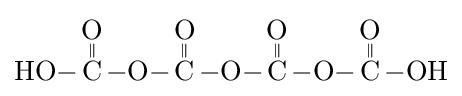
{\ce {HO-{\overset {\displaystyle O \atop \|}{C}}-O-{\overset {\displaystyle O \atop \|}{C}}-O-{\overset {\displaystyle O \atop \|}{C}}-O-{\overset {\displaystyle O \atop \|}{C}}-OH}}